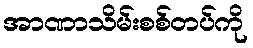
အာဏာသိမ်းစစ်တပ်ကို